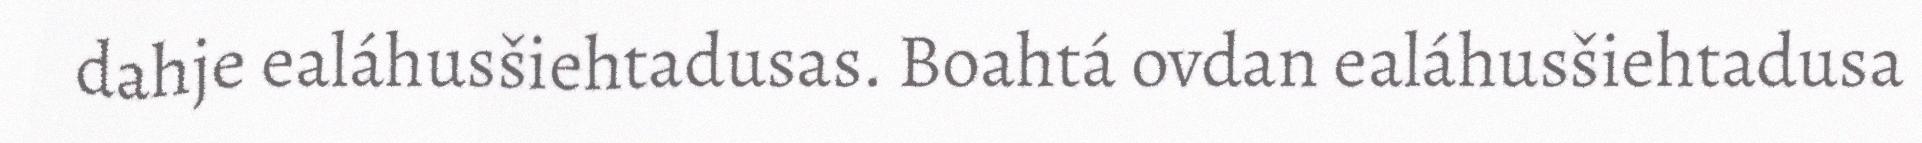
dahje ealáhusšiehtadusas. Boahtá ovdan ealáhusšiehtadusa